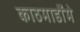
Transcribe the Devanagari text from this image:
काठमाडौँमे